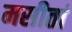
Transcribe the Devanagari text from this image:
मसीतां